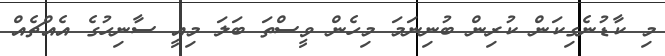
މި ކާޑުނެގިކަން ކުރިން ބުނިނަމަ މިހެން ވީސްތަ ބަލަ މިއީ ސާނިހުގެ އެއްޗެއް